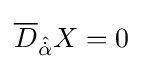
{\overline {D}}_{\hat {\dot {\alpha }}}X=0